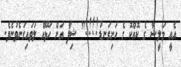
އެއީ މަލީޝާ ގެ ކޮއްކޮ ގެ ހަށިގަނޑު!!!!" ޝިފާ އަށް ހަޅޭއް ލަވައިގަނެވުނެވެ.